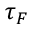
\tau _ { F }